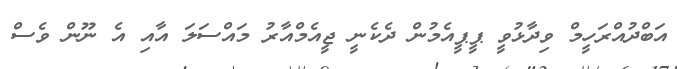
އަބްދުއްރަހީމް ވިދާޅުވީ ޕީޕީއެމުން ދެކެނީ ޖީއެމްއާރު މައްސަލަ އާއި އެ ނޫން ވެސް